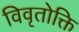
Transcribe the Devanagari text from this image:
विवृतोक्ति